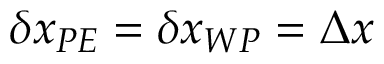
\delta x _ { P E } = \delta x _ { W P } = \Delta x